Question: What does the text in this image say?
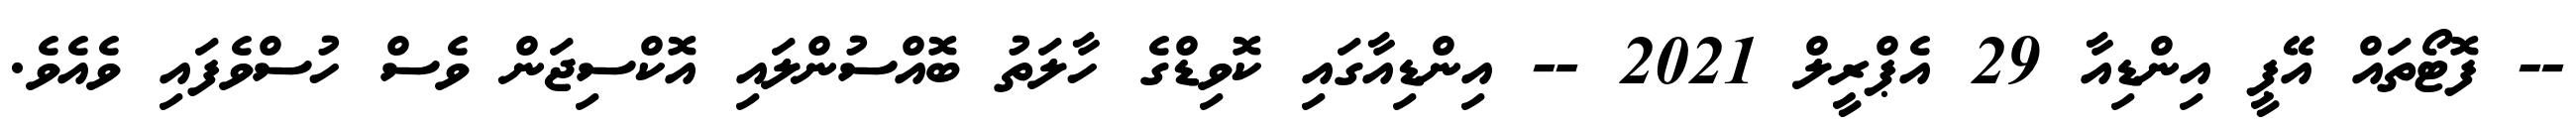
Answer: -- ފޮޓޯތައް އޭޕީ އިންޑިއާ 29 އެޕްރީލް 2021 -- އިންޑިއާގައި ކޮވިޑްގެ ހާލަތު ބޮއްސުންލައި އޮކްސިޖަން ވެސް ހުސްވެފައި ވެއެވެ.